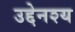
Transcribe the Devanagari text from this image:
उद्देनश्‍य